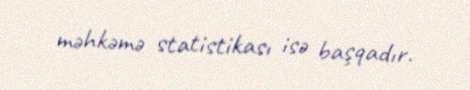
məhkəmə statistikası isə başqadır.